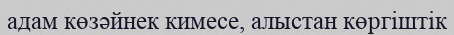
адам көзәйнек кимесе, алыстан көргіштік